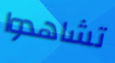
تشاهدوا